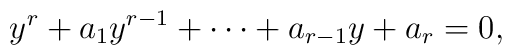
y^r + a_1 y^{r-1} + \cdots + a_{r-1} y + a_r = 0,